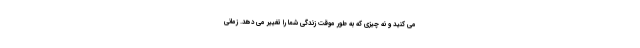
می کنید و نه چیزی که به طور موقت زندگی شما را تغییر می دهد. زمانی